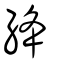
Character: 絳